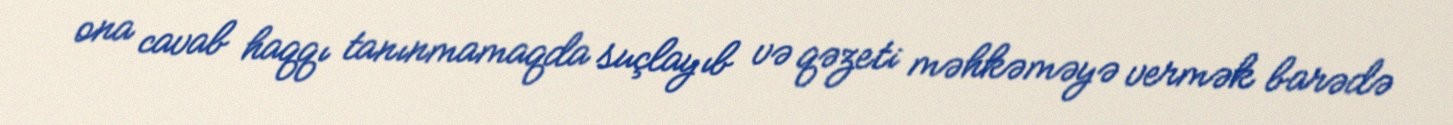
ona cavab haqqı tanınmamaqda suçlayıb və qəzeti məhkəməyə vermək barədə